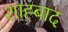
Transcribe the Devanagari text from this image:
शाह्बाद